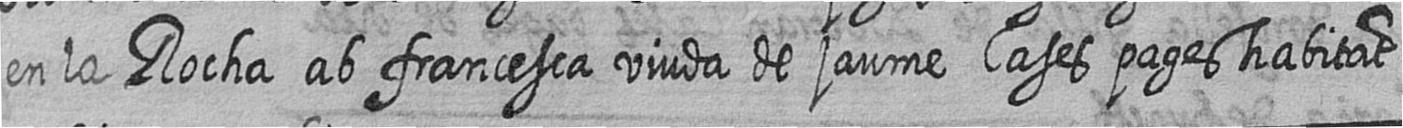
en la Rocha ab francesca viuda de jaume Cases pages habitat